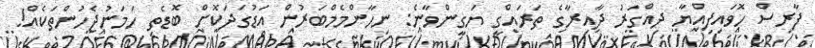
ފާރިސް ހޮވައިފިއްޔާ ދިއްގަރު ދާއިރާގެ ތަރައްގީ ޔަގީންވާނެ: ނިހާންމެމްބަރުން އަޑުގަދަކޮށް ބޮޑެތި ހަމަނުޖެހުންތަކެއް!